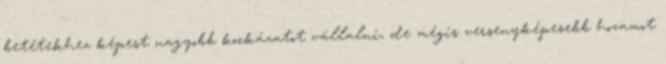
betétekhez képest nagyobb kockázatot vállalni, de mégis versenyképesebb hozamot